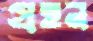
গ্রহন